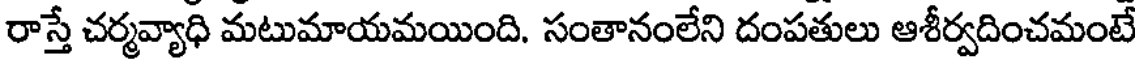
రాస్తే చర్మవ్యాధి మటుమాయమయింది. సంతానంలేని దంపతులు ఆశీర్వదించమంటే